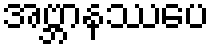
အဗ္ဘာနဿပေ